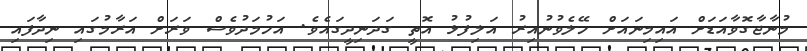
މުނާޖާގޮވާއަޑަށް އައިމިނައަށް ހޭލެވުނުއިރު އަލިފުޅު އޮތީ ގަދަނިދީގައެވެ. އަހުމަދުވެސް ވަރަށް އަރާމުގައި ނިދާފައި